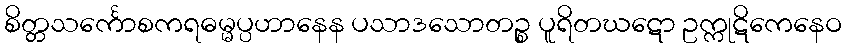
စိတ္တသင်္ကောစကရဓမ္မပ္ပဟာနေန ပသာဒသောတဉ္စ ပူရိတဃဋော ဥက္ကုဋိကေနေဝ